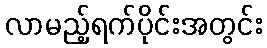
လာမည့်ရက်ပိုင်းအတွင်း